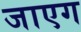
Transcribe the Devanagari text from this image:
जाएग